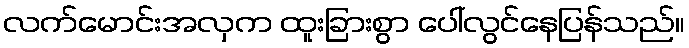
လက်မောင်းအလှက ထူးခြားစွာ ပေါ်လွင်နေပြန်သည်။